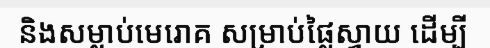
និងសម្លាប់មេរោគ សម្រាប់ផ្លៃស្វាយ ដើម្បី